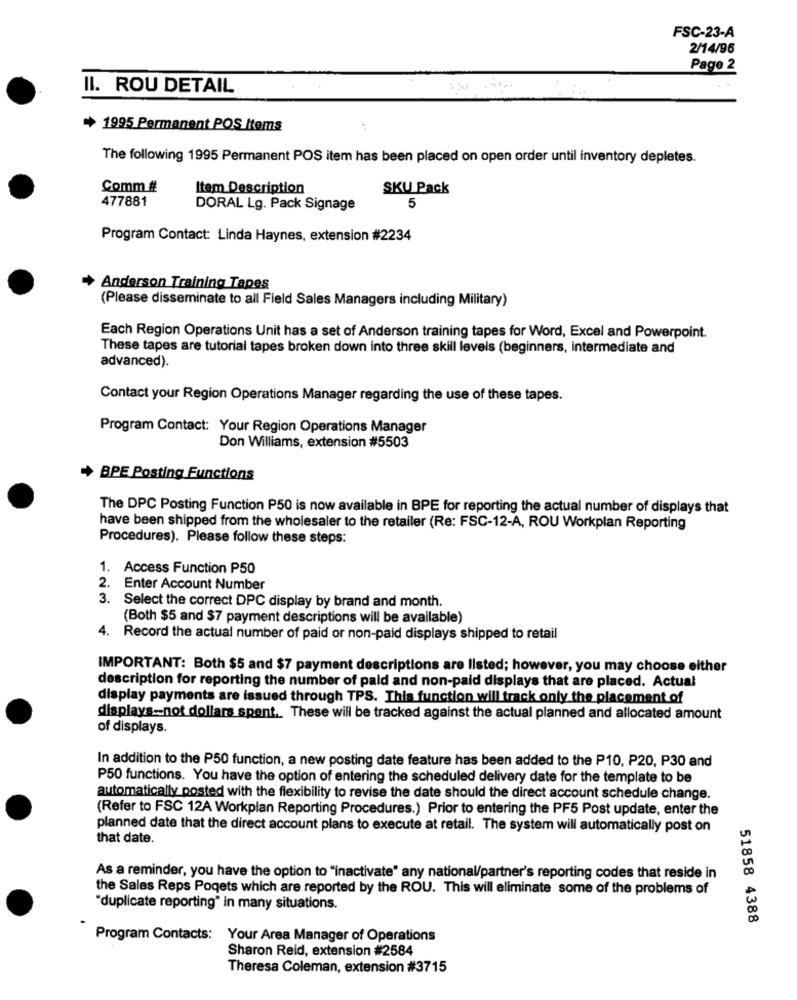
FSC-23-A
2/14/96
Page 2
II. ROU DETAIL
+ 1995 Permanent POS Items
The following 1995 Permanent POS item has been placed on open order until inventory depletes.
Comm #
Item Description
SKU Pack
477881
DORAL Lg. Pack Signage
5
Program Contact: Linda Haynes, extension #2234
Anderson Training Tapes
(Please disseminate to all Field Sales Managers including Military)
Each Region Operations Unit has a set of Anderson training tapes for Word, Excel and Powerpoint.
These tapes are tutorial tapes broken down into three skill levels (beginners, intermediate and
advanced).
Contact your Region Operations Manager regarding the use of these tapes.
Program Contact: Your Region Operations Manager
Don Williams, extension #5503
BPE Posting Functions
The DPC Posting Function P50 is now available in BPE for reporting the actual number of displays that
have been shipped from the wholesaler to the retailer (Re: FSC-12-A, ROU Workplan Reporting
Procedures). Please follow these steps:
. Access Function P50
2.
Enter Account Number
3.
Select the correct DPC display by brand and month.
(Both $5 and $7 payment descriptions will be available)
4. Record the actual number of paid or non-paid displays shipped to retail
IMPORTANT: Both $5 and $7 payment descriptions are listed; however, you may choose either
description for reporting the number of paid and non-paid displays that are placed. Actual
display payments are issued through TPS. This function will track only the placement of
displays-not dollars spent .. These will be tracked against the actual planned and allocated amount
of displays.
In addition to the P50 function, a new posting date feature has been added to the P10, P20, P30 and
P50 functions. You have the option of entering the scheduled delivery date for the template to be
automatically posted with the flexibility to revise the date should the direct account schedule change.
(Refer to FSC 12A Workplan Reporting Procedures.) Prior to entering the PF5 Post update, enter the
planned date that the direct account plans to execute at retail. The system will automatically post on
that date.
As a reminder, you have the option to "inactivate" any national/partner's reporting codes that reside in
the Sales Reps Poqets which are reported by the ROU. This will eliminate some of the problems of
"duplicate reporting" in many situations.
51858 4388
Program Contacts: Your Area Manager of Operations
Sharon Reid, extension #2584
Theresa Coleman, extension #3715